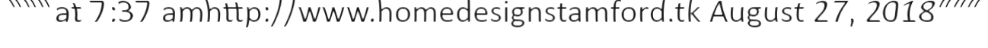
"""at 7:37 amhttp://www.homedesignstamford.tk August 27, 2018"""